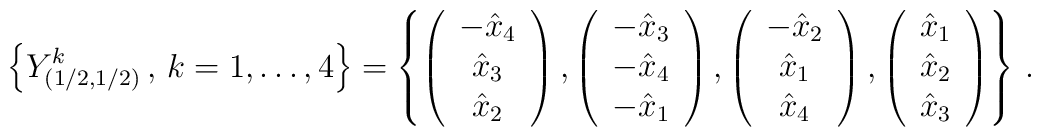
\left\{ Y_{(1/2,1/2)}^k \, , \, k=1,\ldots,4\right\} =  \left\{  \left( \begin{array}{c}                 - \hat x_4 \\                   \hat x_3 \\                   \hat x_2           \end{array}   \right) ,  \left( \begin{array}{c}                 - \hat x_3 \\                 - \hat x_4 \\                 - \hat x_1             \end{array}   \right) ,  \left( \begin{array}{c}                 - \hat x_2 \\                   \hat x_1 \\                   \hat x_4          \end{array}   \right) ,    \left( \begin{array}{c}                   \hat x_1 \\                   \hat x_2 \\                   \hat x_3          \end{array}   \right) \right\} \, .